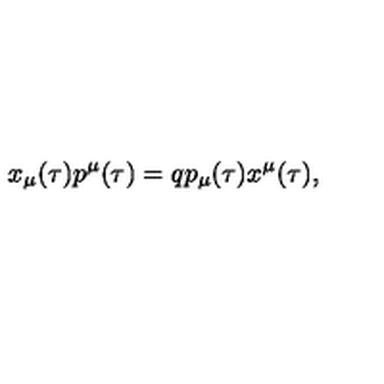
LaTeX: x _ { \mu } ( \tau ) p ^ { \mu } ( \tau ) = q p _ { \mu } ( \tau ) x ^ { \mu } ( \tau ) ,